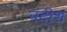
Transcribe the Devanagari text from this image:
नंदीश